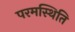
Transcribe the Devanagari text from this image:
परमस्थिति